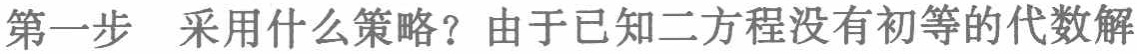
第一步 采用什么策略？由于已知二方程没有初等的代数解